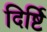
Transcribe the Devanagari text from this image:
दिर्ष्टि